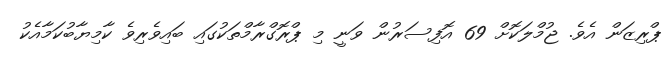
ޕްރިޒަން އެވެ. ޖުމްލަކޮށް 69 އޮފިސަރުން ވަނީ މި ޕްރޮގްރާމްތަކުގައި ބައިވެރިވެ ކާމިޔާބުކަމާއެކު